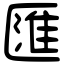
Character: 匯